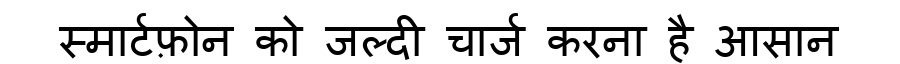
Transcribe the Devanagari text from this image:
स्मार्टफ़ोन को जल्दी चार्ज करना है आसान